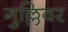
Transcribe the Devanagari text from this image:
गुल्लिवर